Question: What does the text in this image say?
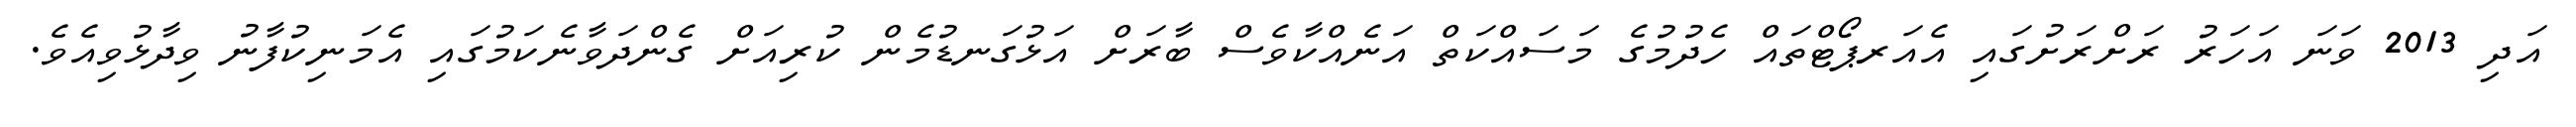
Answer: އަދި 2013 ވަނަ އަހަރު ރަށްރަށުގައި އެއަރޕޯޓްތައް ހެދުމުގެ މަސައްކަތް އަނެއްކާވެސް ބާރަށް އަޅުގަނޑުމެން ކުރިއަށް ގެންދަވާނެކަމުގައި އެމަނިކުފާނު ވިދާޅުވިއެވެ.